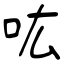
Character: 吰